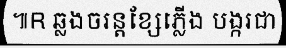
៕R ឆ្លងចរន្តខ្សែភ្លើង បង្ករជា